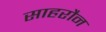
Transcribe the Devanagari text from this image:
साहरौन